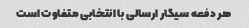
هر دفعه سیگار ارسالی با انتخابی متفاوت است